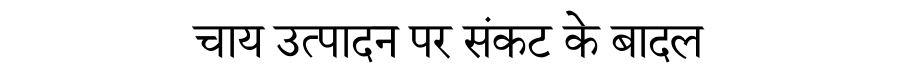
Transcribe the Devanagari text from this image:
चाय उत्पादन पर संकट के बादल